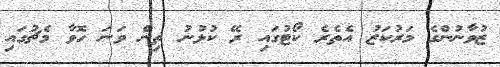
ޒުވާނުންގެ މަރުކަޒު އެތެރެ ކޯޓުގައި ރޭ ކުޅުނު ތިން ވަނަ ހޮވާ މެޗުގައި